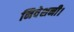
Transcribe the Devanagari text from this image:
निवेशनी।